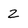
Character: 2